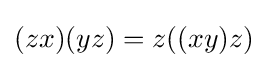
(zx)(yz)=z((xy)z)